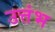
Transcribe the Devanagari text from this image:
उत्तंभ